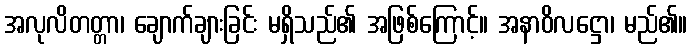
အလုလိတတ္တာ၊ ချောက်ချားခြင်း မရှိသည်၏ အဖြစ်ကြောင့်။ အနာဝိလဋ္ဌော၊ မည်၏။